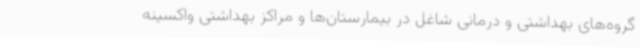
گروه‌های بهداشتی و درمانی شاغل در بیمارستان‌ها و مراکز بهداشتی واکسینه